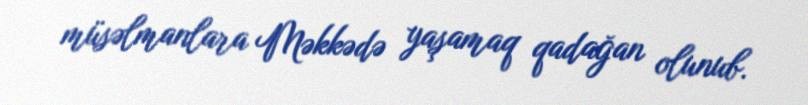
müsəlmanlara Məkkədə yaşamaq qadağan olunub.